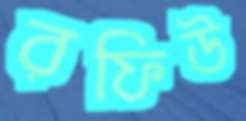
রফিউ